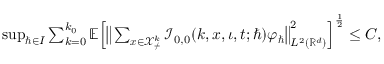
\begin{array} { r } { \operatorname* { s u p } _ { \hbar \in I } \sum _ { k = 0 } ^ { k _ { 0 } } \mathbb { E } \Big [ \big \lVert \sum _ { \boldsymbol { x } \in \mathcal { X } _ { \neq } ^ { k } } \mathcal { I } _ { 0 , 0 } ( k , \boldsymbol { x } , \iota , t ; \hbar ) \varphi _ { \hbar } \big \rVert _ { L ^ { 2 } ( \mathbb { R } ^ { d } ) } ^ { 2 } \Big ] ^ { \frac { 1 } { 2 } } \leq C , } \end{array}